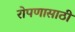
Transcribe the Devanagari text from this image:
रोपणासाठी